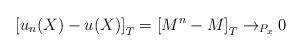
\begin{align*}\left[u_{n}(X)-u(X)\right]_{T}=\left[M^{n}-M\right]_{T}\rightarrow_{P_{x}}0\end{align*}